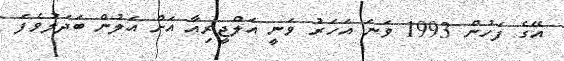
އޭގެ ފަހުން 1993 ވަނަ އަހަރު ވަނީ އަލްޖީރިއާ އަށް އަލުން ބަދަލުވެފަ